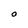
Character: O